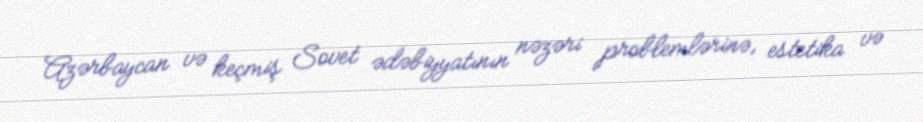
Azərbaycan və keçmiş Sovet ədəbiyyatının nəzəri problemlərinə, estetika və